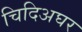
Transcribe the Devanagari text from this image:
चिदिअघर